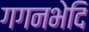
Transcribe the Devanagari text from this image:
गगनभेदि